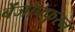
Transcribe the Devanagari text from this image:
बेंजोफ्फुरन